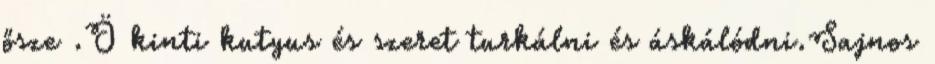
ősze .Ö kinti kutyus és szeret turkálni és áskálódni.Sajnos